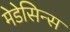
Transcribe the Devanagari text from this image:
मेडेसिन्स